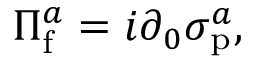
\Pi _ { \mathrm { f } } ^ { a } = i \partial _ { 0 } \sigma _ { \mathrm { p } } ^ { a } ,